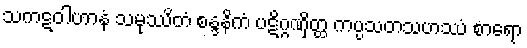
သကဋဝါဟာနံ သမုဿိတံ စန္ဒနိကံ ပဋိဂ္ဂဏှိတ္ထ ကပ္ပသတသဟဿံ စာရော